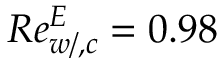
R e _ { w / , c } ^ { E } = 0 . 9 8